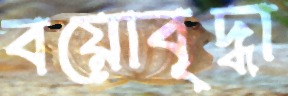
বয়োবৃদ্ধা